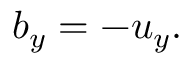
b _ { y } = - u _ { y } .